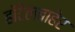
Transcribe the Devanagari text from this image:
हॉटेलबाहेर